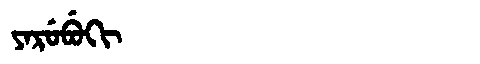
Manchu: ᠶᠠᡵᡠᠪᡠᡴᡳ
Romanization: YARUBUKI